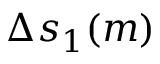
\Delta s _ { 1 } ( m )